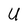
Character: U